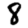
Digit: 8